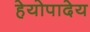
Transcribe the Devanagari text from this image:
हेयोपादेय